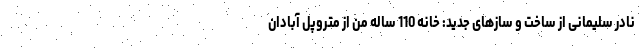
نادر سلیمانی از ساخت و سازهای جدید: خانه 110 ساله من از متروپل آبادان